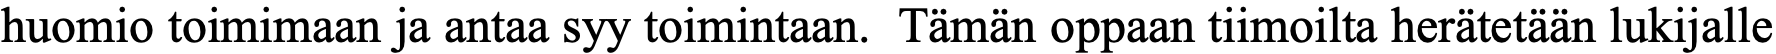
huomio toimimaan ja antaa syy toimintaan. Tämän oppaan tiimoilta herätetään lukijalle